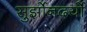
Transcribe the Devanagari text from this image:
सुर्झोनदर्यो